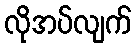
လိုအပ်လျက်